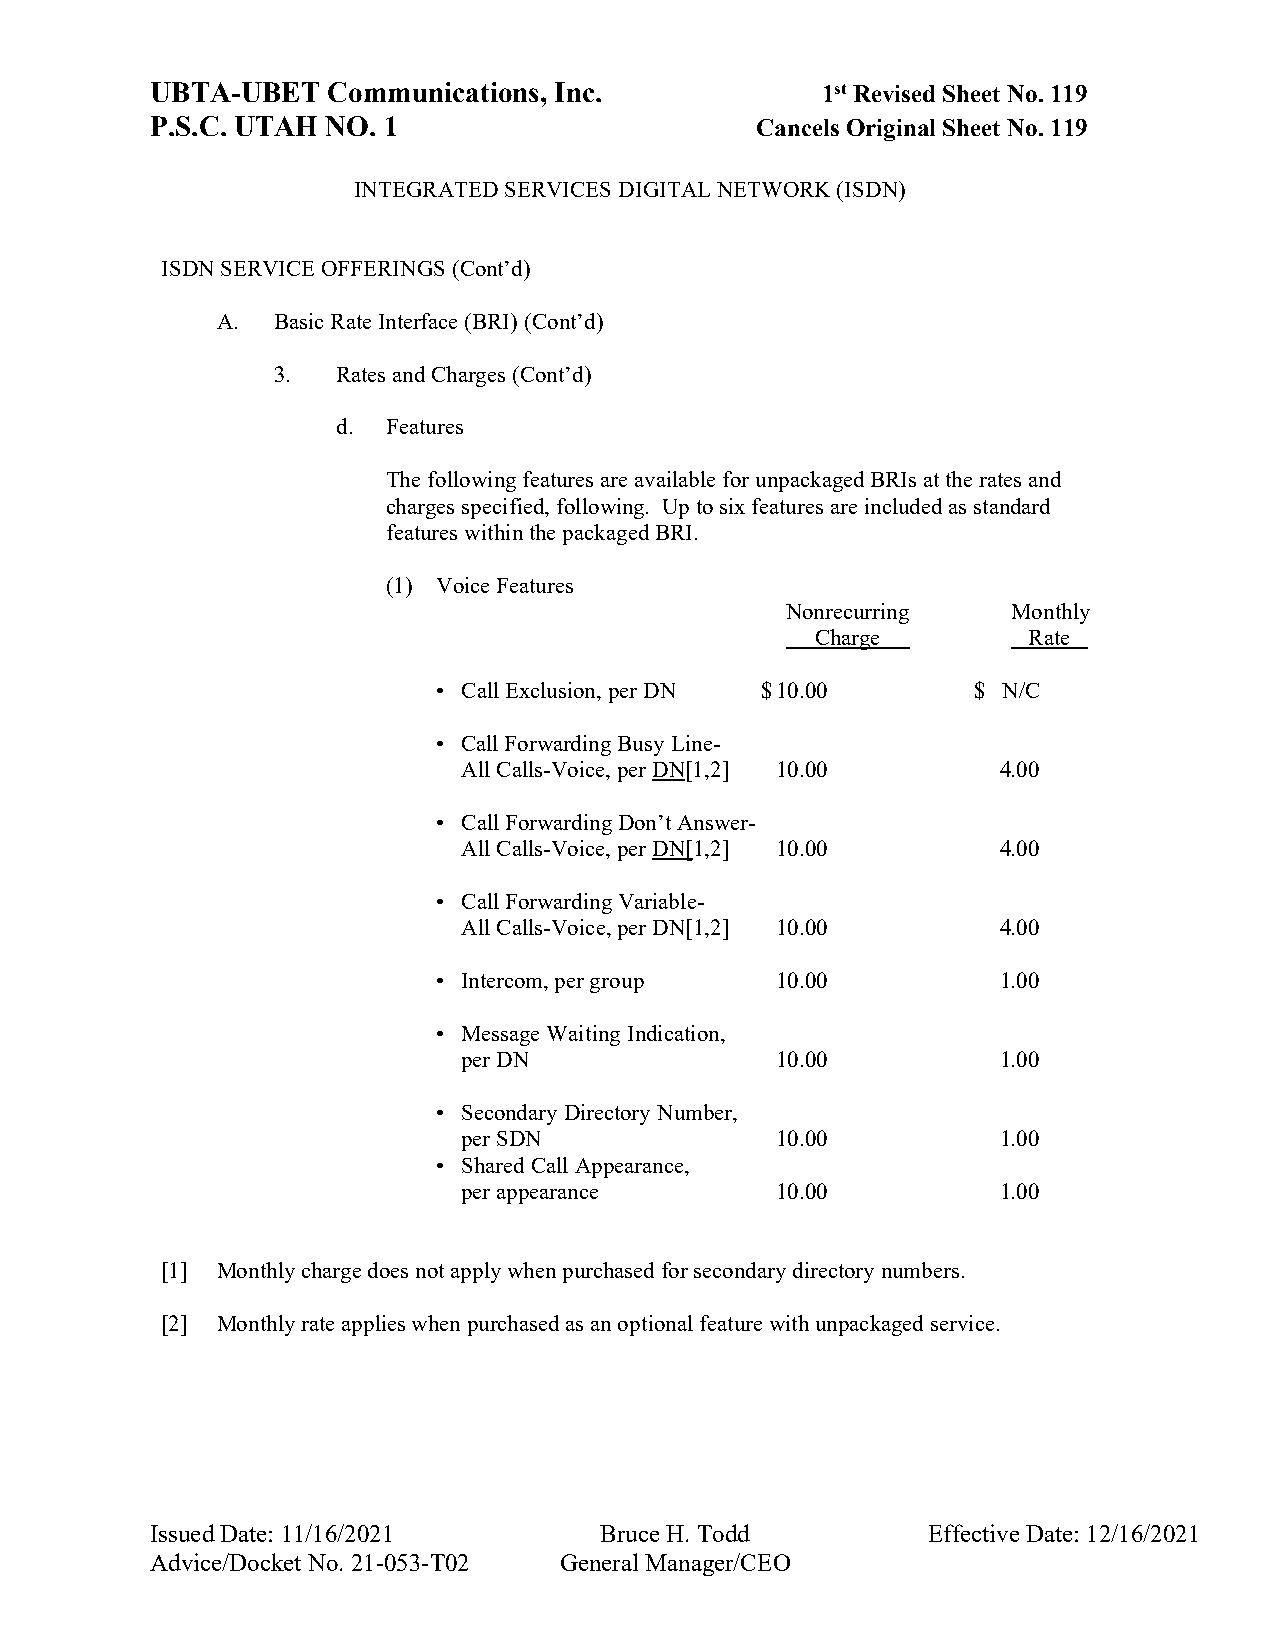
UBTA-UBET   Communications, Inc.            1st Revised Sheet No. 119
 P.S.C. UTAH NO. 1                       Cancels Original Sheet No. 119
 INTEGRATED SERVICES DIGITAL NETWORK (ISDN)
 ISDN SERVICE OFFERINGS (Cont’d)
 A.  Basic Rate Interface (BRI) (Cont’d)
 3.  Rates and Charges (Cont’d)
 d.  Features
 The following features are available for unpackaged BRIs at the rates and
 charges specified, following. Up to six features are included as standard
 features within the packaged BRI.
 (1) Voice Features
 Nonrecurring   Monthly
 Charge        Rate
 • Call Exclusion, per DN $ 10.00   $ N/C
 • Call Forwarding Busy Line-
 All Calls-Voice, per DN[1,2] 10.00 4.00
 • Call Forwarding Don’t Answer-
 All Calls-Voice, per DN[1,2] 10.00 4.00
 • Call Forwarding Variable-
 All Calls-Voice, per DN[1,2] 10.00 4.00
 • Intercom, per group 10.00          1.00
 • Message Waiting Indication,
 per DN              10.00          1.00
 • Secondary Directory Number,
 per SDN             10.00          1.00
 • Shared Call Appearance,
 per appearance      10.00          1.00
 [1] Monthly charge does not apply when purchased for secondary directory numbers.
 [2] Monthly rate applies when purchased as an optional feature with unpackaged service.
 Issued Date: 11/16/2021       Bruce H. Todd        Effective Date: 12/16/2021
 Advice/Docket No. 21-053-T02 General Manager/CEO